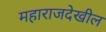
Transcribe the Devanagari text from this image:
महाराजदेखील